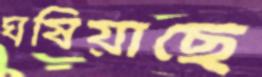
ঘষিয়াছে